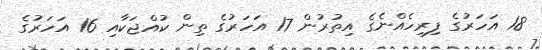
18 އަހަރުގެ ފިރިހެއްނެގެ އިތުރުން 17 އަހަރުގެ ތިން ކުއްޖަކާއި 16 އަހަރުގެ